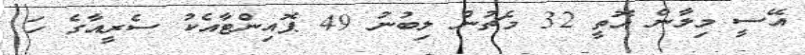
އޭސީ މިލާން އޮތީ 32 މެޗުން ލިބުނު 49 ޕޮއިންޓާއެކު ސެރީއާގެ ހަ